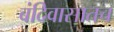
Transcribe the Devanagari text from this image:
बंदिवासातच